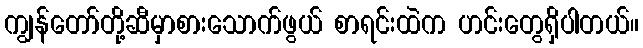
ကျွန်တော်တို့ဆီမှာစားသောက်ဖွယ် စာရင်းထဲက ဟင်းတွေရှိပါတယ်။